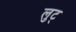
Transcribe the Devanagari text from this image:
लुट्